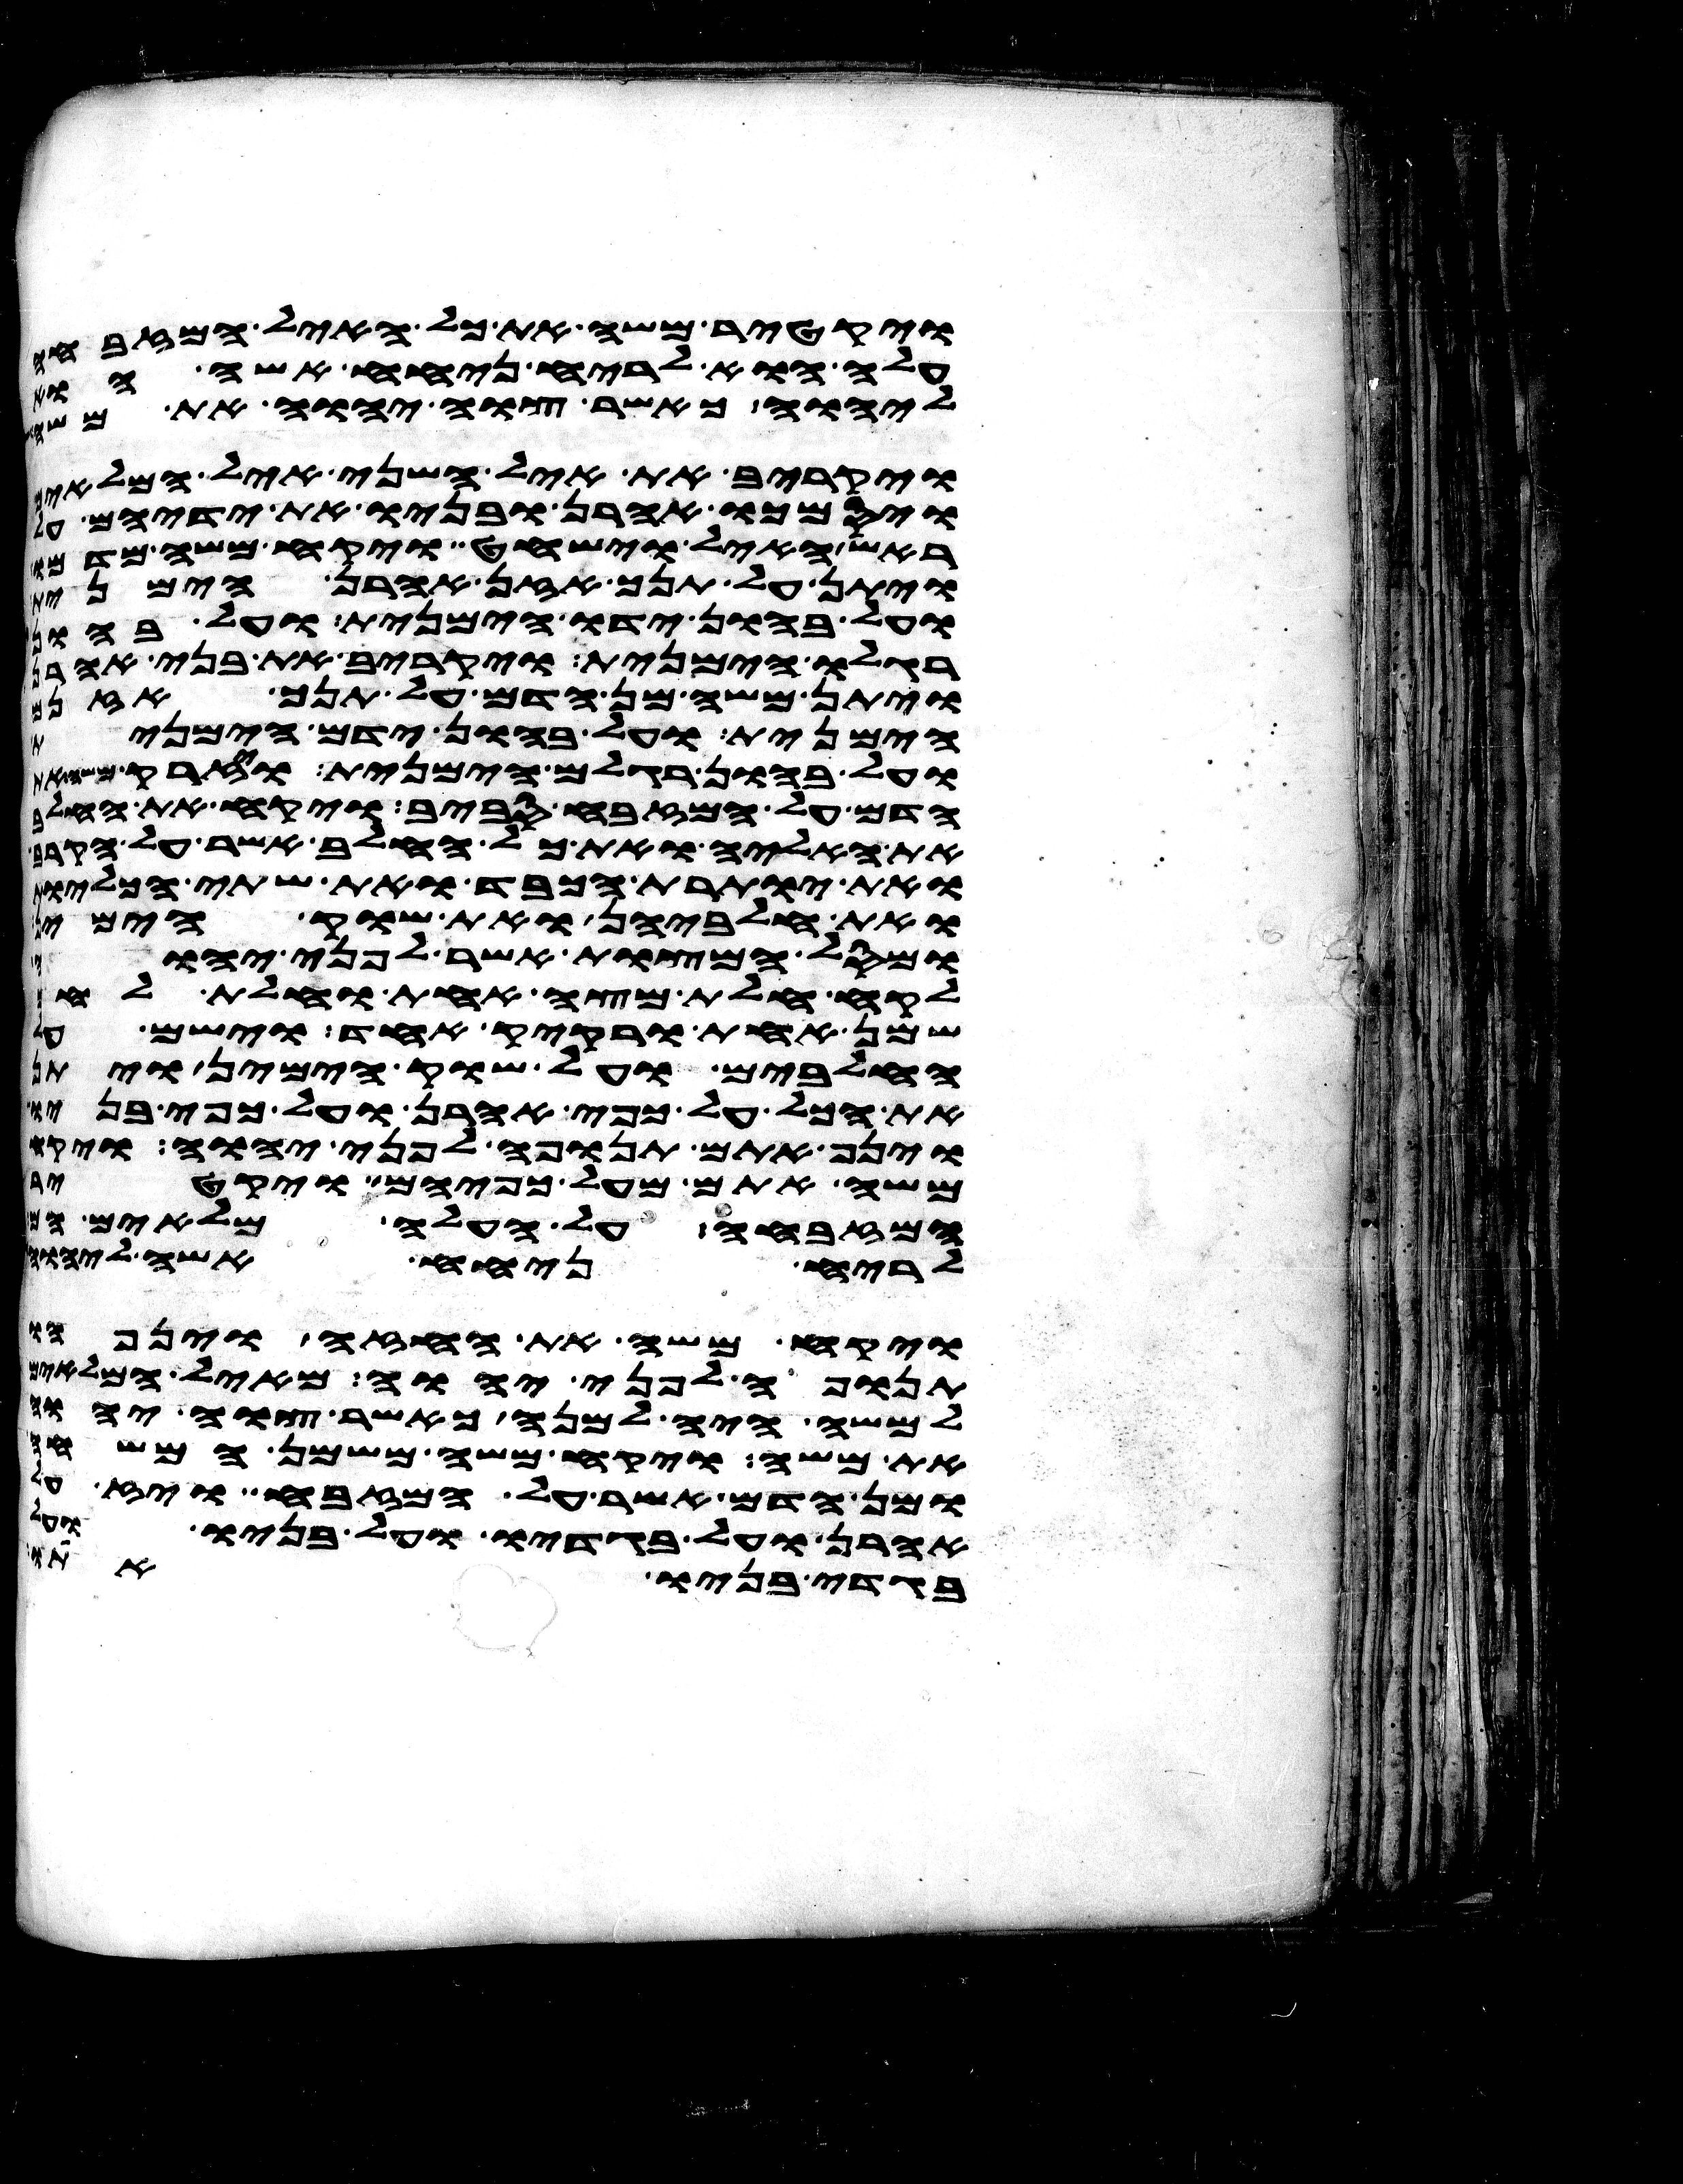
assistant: ויקטר משה את כל האיל המזבחה
עלה הוא לריח ניחח אשה הוא
ליהוה כאשר צוה יהוה את משה
ויקריב את איל השני איל המלאים
ויסמכו אהרן ובניו את ידיהם על
ראש האיל וישחט ויקח משה מדמו
ויתן על תנך אזן אהרן הימנית
ועל בהון ידו הימנית ועל בהון
רגלו הימנית ויקריב את בני אהרן
ויתן משה מן הדם על תנך אזנם
הימנית ועל בהון ידם הימנית
ועל בהון רגלם הימנית ויזרק משה
הדם על המזבח סביב ויקח את החלב
את האליה ואת כל החלב אשר על הקרב
ואת יותרת הכבד ואת שתי הכליות
ואת חלביהן ואת שוק הימין
ומסל המצות אשר לפני יהוה
לקח חלת מצה אחת וחלת לחם
שמן אחת ורקיק אחד וישם על
החלבים ועל שוק הימין ויתן
את הכל על כפי אהרן ועל כפי בניו
וינף אתם תנופה לפני יהוה ויקח
משה אתם מעל כפיהם ויקטר
המזבחה על העלה מלאים הם
לריח ניחח אשה ליהוה
ויקח משה את החזה וינפהו
תנופה לפני יהוה מאיל המלאים
למשה היה למנה כאשר צוה יהוה
את משה ויקח משה משמן המשחה
ומן הדם אשר על המזבח ויז על
אהרן ועל בגדיו ועל בניו ועל
בגדי בניו אתו